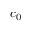
c _ { 0 }